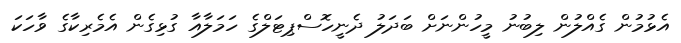
އެޅުމުން ގެއްލުން ލިބުނު މީހުންނަށް ބަދަލު ދެނީހޮސްޕިޓަލްގެ ހަމަލާއާ ގުޅިގެން އެމެރިކާގެ ވާހަކަ